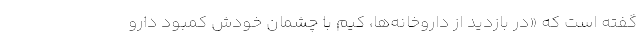
گفته است که «در بازدید از داروخانه‌ها، کیم با چشمان خودش کمبود دارو